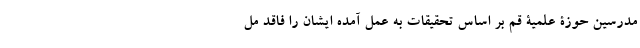
مدرسین حوزۀ علمیۀ قم بر اساس تحقیقات به عمل آمده ایشان را فاقد مل